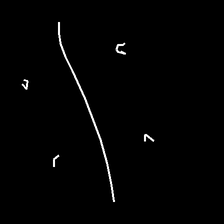
Glyph: cool